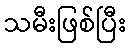
သမီးဖြစ်ပြီး